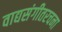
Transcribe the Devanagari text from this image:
वाद्यसंगीतरचना